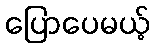
ပြောပေမယ့်